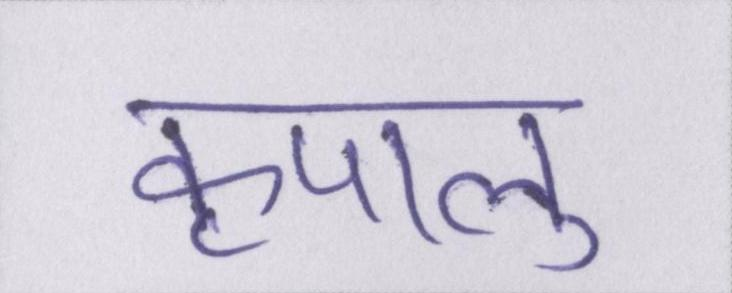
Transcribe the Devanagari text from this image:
कृपालु